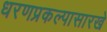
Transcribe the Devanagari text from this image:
धरणप्रकल्पासारखे